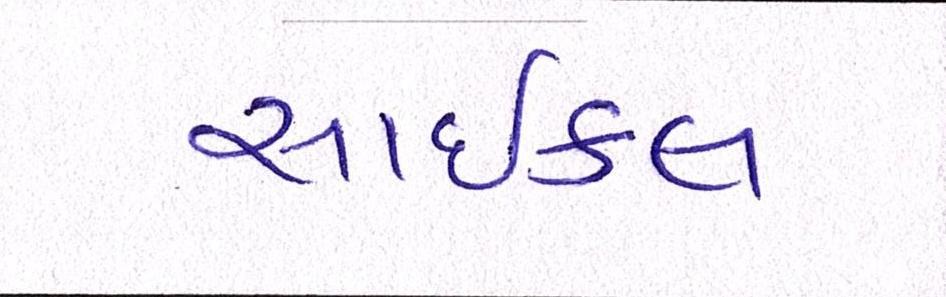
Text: સાઇકલ